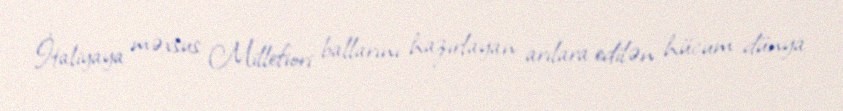
İtaliyaya məxsus Millefiori ballarını hazırlayan arılara edilən hücum dünya